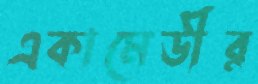
একামেডীর